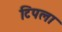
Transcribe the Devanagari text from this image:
टिपला